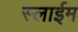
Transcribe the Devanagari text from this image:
स्लाईम